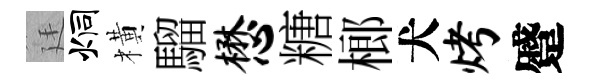
廷炯橫騮懋糖榔犬烤蹙